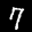
Label: 7